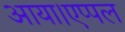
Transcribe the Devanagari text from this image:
आया।एप्पल